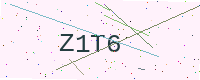
Text: Z1T6